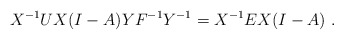
\begin{align*} X^{-1}UX(I-A)YF^{-1}Y^{-1}=X^{-1}EX(I-A) \ . \end{align*}